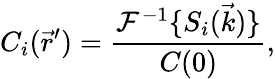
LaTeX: C_{i}(\vec{r}^{\prime})=\frac{\mathcal{F}^{-1}\{ S_{i}(\vec{k})\} }{C(0)},